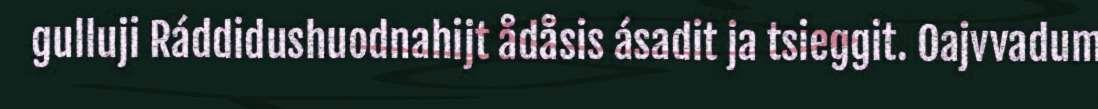
gulluji Ráddidushuodnahijt ådåsis ásadit ja tsieggit. Oajvvadum